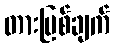
တားမြစ်ချက်